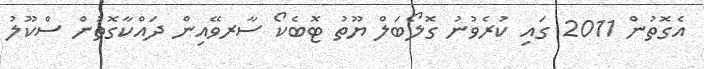
އެގޮތުން 2011 ގައި ކުރެވުނު ގޮލޯބަލް ޔޫތު ޓޮބެކޯ ސާރވޭއިން ދައްކާގޮތުން ސްކޫލު